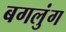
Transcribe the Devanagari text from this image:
बगलुंग